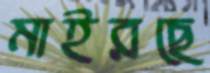
মাইরছে